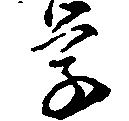
学